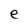
Character: e